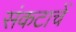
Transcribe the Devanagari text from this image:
संकटाचें